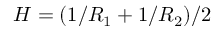
H = ( 1 / R _ { 1 } + 1 / R _ { 2 } ) / 2